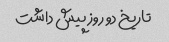
تاریخ دو روز پیش داشت